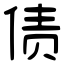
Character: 债